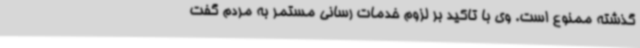
گذشته ممنوع است. وی با تاکید بر لزوم خدمات رسانی مستمر به مردم گفت